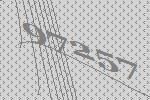
97257